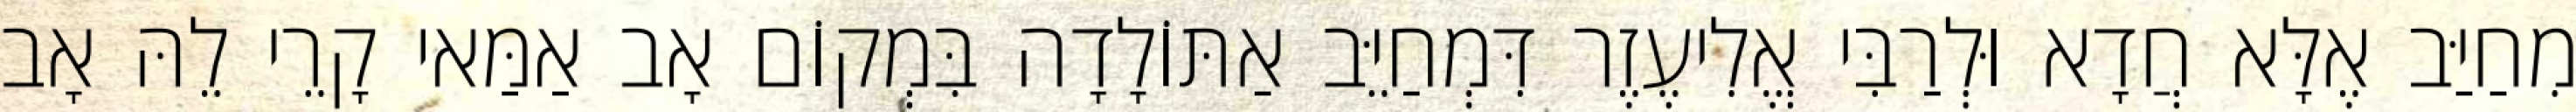
מִחַיַּב אֶלָּא חֲדָא וּלְרַבִּי אֱלִיעֶזֶר דִּמְחַיֵּב אַתּוֹלָדָה בִּמְקוֹם אָב אַמַּאי קָרֵי לֵהּ אָב